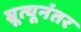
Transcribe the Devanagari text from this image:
म्रूत्यूनंतर